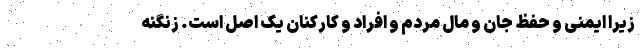
زیرا ایمنی و حفظ جان و مال مردم و افراد و کارکنان یک اصل است. زنگنه